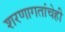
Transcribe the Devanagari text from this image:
शरणागतांचेही